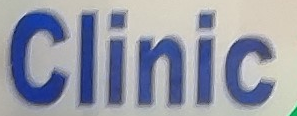
Clinic